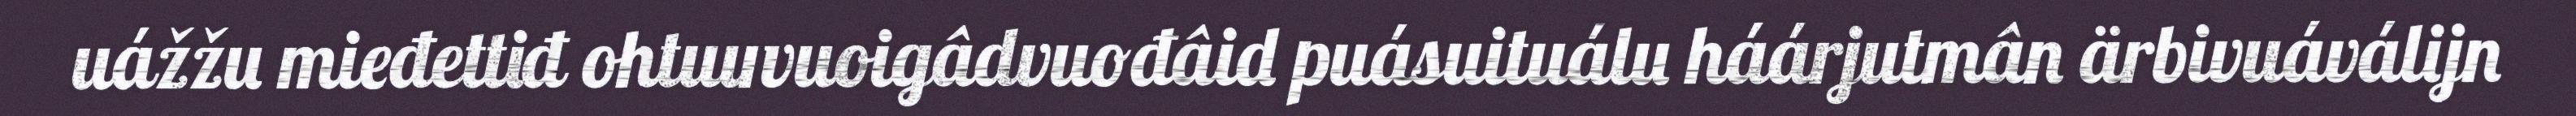
uážžu mieđettiđ ohtuuvuoigâdvuođâid puásuituálu háárjutmân ärbivuáválijn